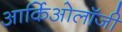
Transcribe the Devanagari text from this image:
आर्किओलॉजी